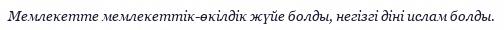
Мемлекетте мемлекеттік-өкілдік жүйе болды, негізгі діні ислам болды.